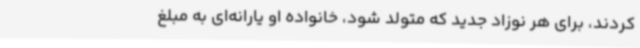
کردند، برای هر نوزاد جدید که متولد شود، خانواده او یارانه‌ای به مبلغ